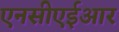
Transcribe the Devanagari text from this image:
एनसीएईआर